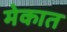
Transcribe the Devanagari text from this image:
मेकात